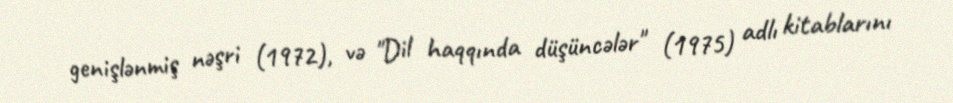
genişlənmiş nəşri (1972), və "Dil haqqında düşüncələr" (1975) adlı kitablarını